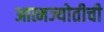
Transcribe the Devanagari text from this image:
आत्मज्योतीची